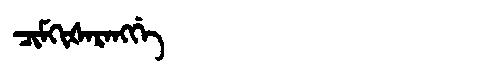
Manchu: ᠴᡳᠮᡴᡳᡧᠠᡵᠠᠩᡤᡝ
Romanization: CIMKIŠARANGGE